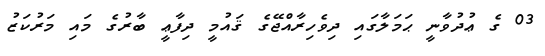
03 ގެ ޢުދުވާނީ ޙަމަލާގައި ދިވެހިރާއްޖޭގެ ޤައުމީ ދިފާޢީ ބާރުގެ މައި މަރުކަޒު